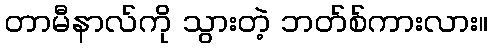
တာမီနာလ်ကို သွားတဲ့ ဘတ်စ်ကားလား။